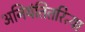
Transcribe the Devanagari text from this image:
अनियंतितरित्या